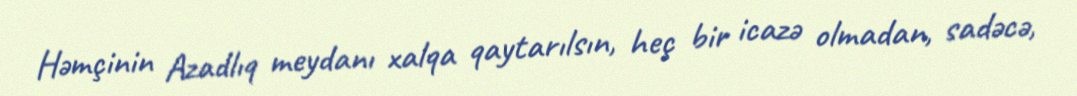
Həmçinin Azadlıq meydanı xalqa qaytarılsın, heç bir icazə olmadan, sadəcə,